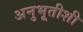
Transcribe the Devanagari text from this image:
अनुभूतीशी